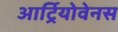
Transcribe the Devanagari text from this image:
आर्ट्रियोवेनस